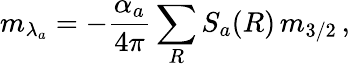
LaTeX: m_{\lambda_{a}}=-\frac{\alpha_{a}}{4\pi}\sum_{R}S_{a}(R)\, m_{3/2}\, ,